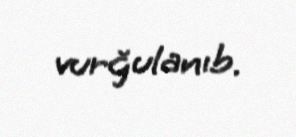
vurğulanıb.